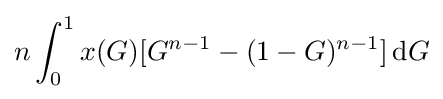
n\int _{0}^{1}x(G)[G^{n-1}-(1-G)^{n-1}]\,{\text{d}}G